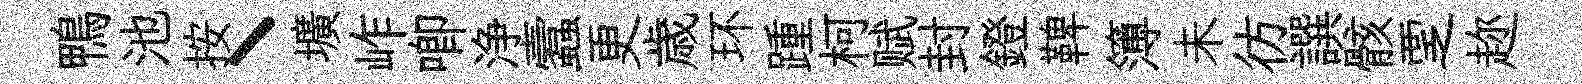
鴨池按丶壙岞唧浄蠧更歳环踵柯赋封鐙鞞簿未彷譔骸覂趂